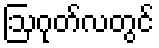
ဩဂုတ်လတွင်